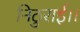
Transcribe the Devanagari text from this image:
निठुराई।।